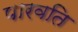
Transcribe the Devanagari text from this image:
पारवति